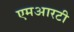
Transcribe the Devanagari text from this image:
एमआरटी